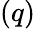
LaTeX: (q)